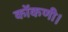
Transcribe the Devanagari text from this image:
कोंकणी।